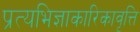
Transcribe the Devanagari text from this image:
प्रत्यभिज्ञाकारिकावृत्ति